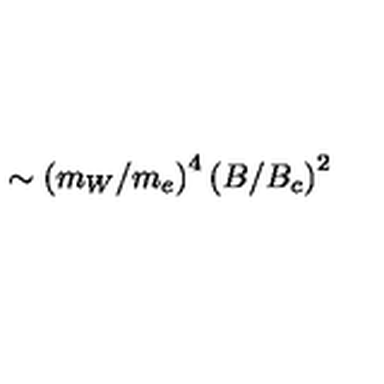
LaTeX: \sim \left( m _ { W } / m _ { e } \right) ^ { 4 } \left( B / B _ { c } \right) ^ { 2 }